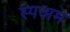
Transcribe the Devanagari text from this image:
स्पअम